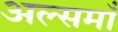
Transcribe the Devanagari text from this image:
अल्समाँ